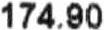
174.90